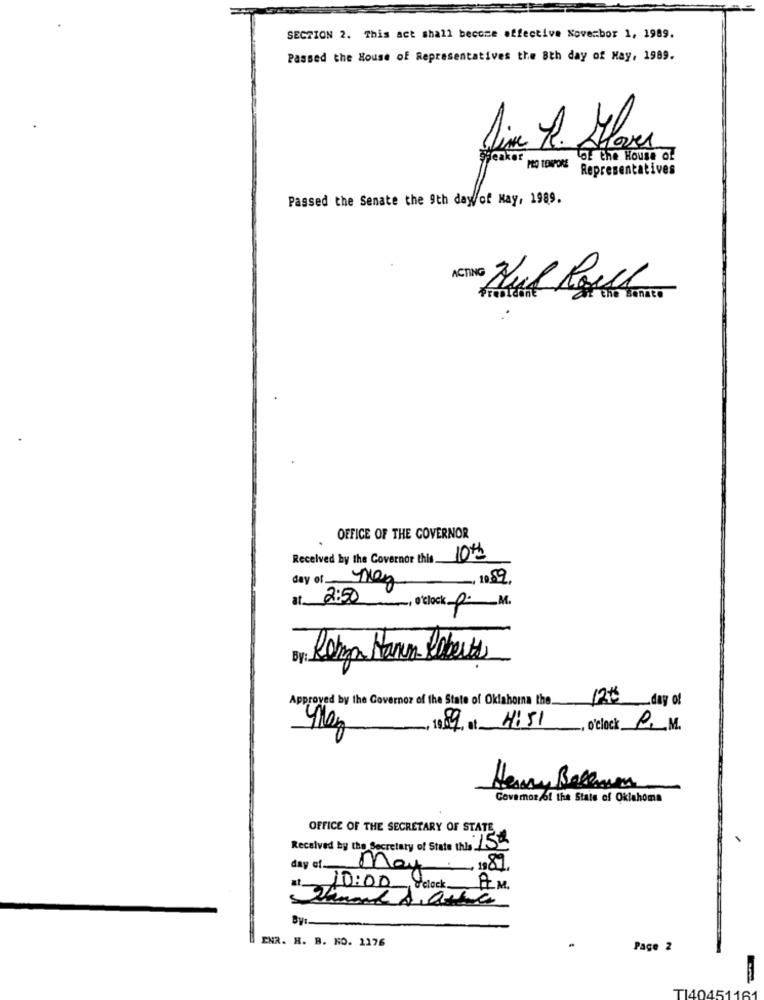
SECTION 2. This act shall become affective Noverbor 1, 1989.
Passed the House of Representatives the 8th day of May, 1989.
Hover
LOE the House of
PRO TENPONE
Representatives
Passed the Senate the 9th dayof Hay, 1989.
OFFICE OF THE GOVERNOR
Received by the Governor this 10%
day of
, 10:59,
at
2:50
O'clock p. M.
By:
Rotman Hann-Roberts
Approved by the Governor of the State of Oklahoma the 120 day of
1089, at 4:51
, O'clock P. M.
Henry Bellum
Covamos of the State of Oklahoma
OFFICE OF THE SECRETARY OF STATE
Received by the Secretary of State this 150
day of May ., 1987.
at 10:00, Velock
AM.
By:
ENR. H. B. NO. 1176
Page 2
TI40451161